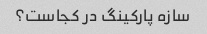
سازه پارکینگ در کجاست؟